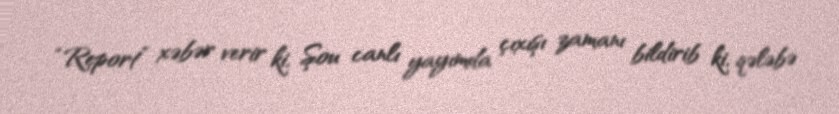
“Report” xəbər verir ki, Şou canlı yayımda çıxışı zamanı bildirib ki, qələbə